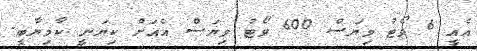
އެއީ 6 ވޯޓު ވިޔަސް 600 ވޯޓު ވިޔަސް އެއަށް ކިޔަނީ ކާމިޔާބީ.